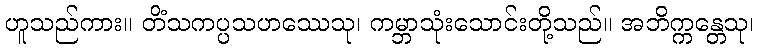
ဟူသည်ကား။ တိံသကပ္ပသဟဿေသု၊ ကမ္ဘာသုံးသောင်းတို့သည်။ အဘိက္ကန္တေသု၊